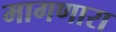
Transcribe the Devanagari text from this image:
मागणारा